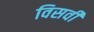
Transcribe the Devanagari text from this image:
विसवीं